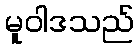
မူဝါဒသည်